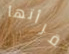
قرأتها